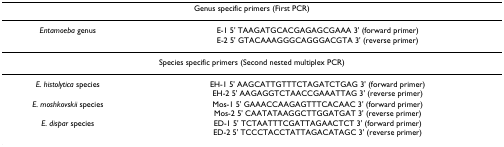
<table><thead><tr><td colspan="2"><b>Genus specific primers (First PCR)</b></td></tr></thead><tbody><tr><td><i>Entamoeba </i>genus</td><td>E-1 5' TAAGATGCACGAGAGCGAAA 3' (forward primer)E-2 5' GTACAAAGGGCAGGGACGTA 3' (reverse primer)</td></tr><tr><td colspan="2">Species specific primers (Second nested multiplex PCR)</td></tr><tr><td><i>E. histolytica </i>species</td><td>EH-1 5' AAGCATTGTTTCTAGATCTGAG 3' (forward primer)EH-2 5' AAGAGGTCTAACCGAAATTAG 3' (reverse primer)</td></tr><tr><td><i>E. moshkovskii </i>species</td><td>Mos-1 5' GAAACCAAGAGTTTCACAAC 3' (forward primer)Mos-2 5' CAATATAAGGCTTGGATGAT 3' (reverse primer)</td></tr><tr><td><i>E. dispar </i>species</td><td>ED-1 5' TCTAATTTCGATTAGAACTCT 3' (forward primer)ED-2 5' TCCCTACCTATTAGACATAGC 3' (reverse primer)</td></tr></tbody></table>